Scottish Leaving Certificate Examination, 1954
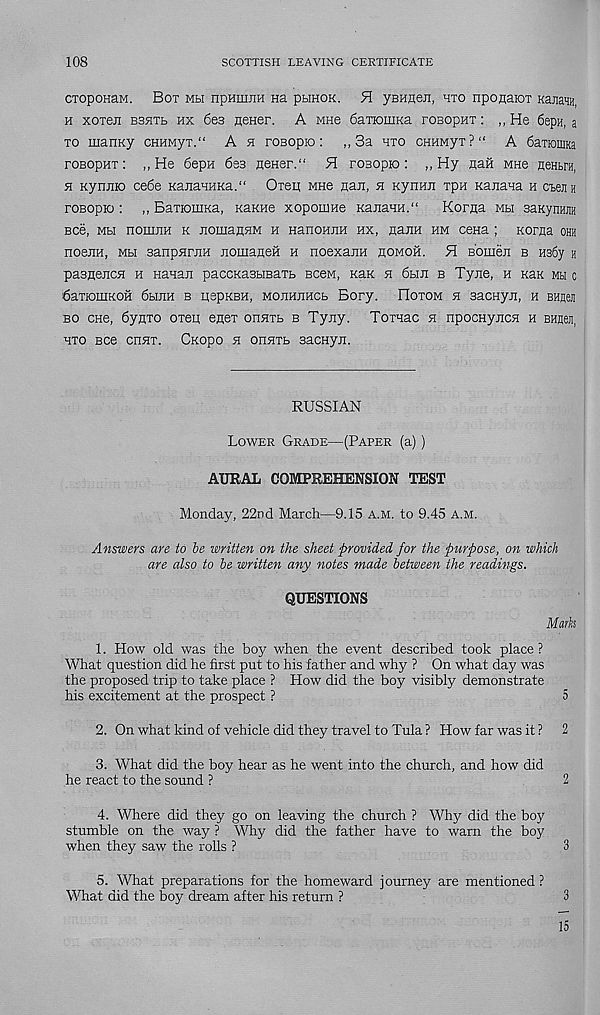
108
SCOTTISH LEAVING CERTIFICATE
CTOponaM. Bot mh npHuuiH na plihok. H ysHneii, hto nponaiOT KanaHH,
h xoreii bshte hx 6e3 Hener. A mhc 6aTiomKa rosopHT: „ He SepH, a
to manKy cHHMyT." A h roBopio : „ 3a hto cnuMyx ? “ A SaxioiiiKa
roBopHT: ,, He 6epH 633 neHer.“ H rosopio : „ Hy nait mhb neHtra,
h KynEio ce6e KanaHHKa." Oreii Mne Han, h Kymui xpa KaEana h CEejiK
roBopio : ,, BaTKoniKa, KaKKte xopoiMe KaEaHH."
Koraa mbi saKynum
see, Mbi hoieeh k EomaEEM h HanoHEH hx, eheh hm cena ; Korfla ohh
noeEH, mh sanpEFEH EomaHeii h noexaEH homoh. H B'omeE b H36y h
pasneECE h nanaE paccKasbrnaTb Been, KaK e 6he b TyEe, h kek mh c
6aTIOUIKOH 6bIEH B IISpKBH, MOEHEHCb Bory. HOTOM E SaCHyE, H BHUeJl
bo cne, 6ynTO OTeii enex ohetb b Tyny. TorHac e npocnyECE h bhucji,
HTO BCe CHET. CKOpO E OHETb SaCHyE.
RUSSIAN
Lower Grade—(Paper (a))
AURAL COMPREHENSION TEST
Monday, 22nd March—9.15 a.m. to 9.45 a.m.
Answers are to be written on the sheet provided for the purpose, on which
are also to be written any notes made between the readings.
QUESTIONS
Mark
1. How old was the boy when the event described took place ?
What question did he first put to his father and why ? On what day was
the proposed trip to take place ? How did the boy visibly demonstrate
his excitement at the prospect ?
5
2. On what kind of vehicle did they travel to Tula ? How far was it ? 2
3. What did the boy hear as he went into the church, and how did
he react to the sound ?
2
4. Where did they go on leaving the church ? Why did the boy
stumble on the way ? Why did the father have to warn the boy
when they saw the rolls ?
3
5. What preparations for the homeward journey are mentioned ?
What did the boy dream after his return ?
3
15